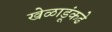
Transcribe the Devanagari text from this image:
खेळाडूंकढे